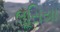
લૂસિયા